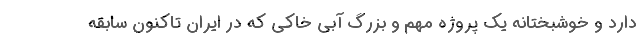
دارد و خوشبختانه یک پروژه مهم و بزرگ آبی خاکی که در ایران تاکنون سابقه